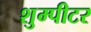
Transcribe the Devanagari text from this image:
शुम्पीटर